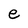
Character: e